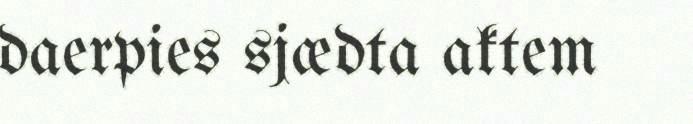
daerpies sjædta aktem